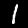
Label: 1